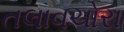
તલાવચોરા